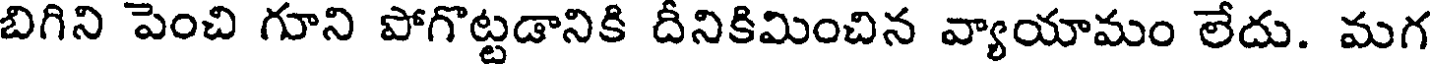
బిగిని పెంచి గూని పోగొట్టడానికి దీనికిమించిన వ్యాయామం లేదు. మగ